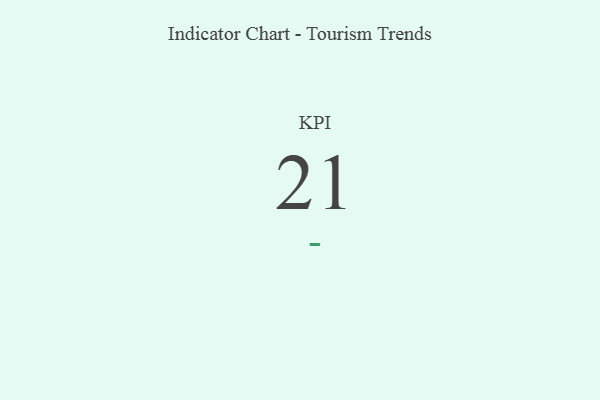
{"axis": {"x": "KPI", "y": "Value"}, "legend": [""], "data": [{"x": "KPI", "y": 21, "type": ""}]}